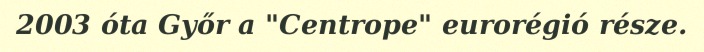
2003 óta Győr a "Centrope" eurorégió része.